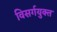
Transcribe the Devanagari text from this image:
विसर्गयुक्त